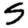
Digit: 5